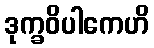
ဒုက္ခဝိပါကေဟိ